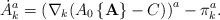
LaTeX: \begin{align*}\dot{A}_{k}^{a} = \left (\nabla_{k}(A_{0}\left \{{\bf A} \right \} - C) \right )^{a} -\pi_{k}^{a}.\end{align*}